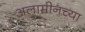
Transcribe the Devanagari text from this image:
अलामीनच्या